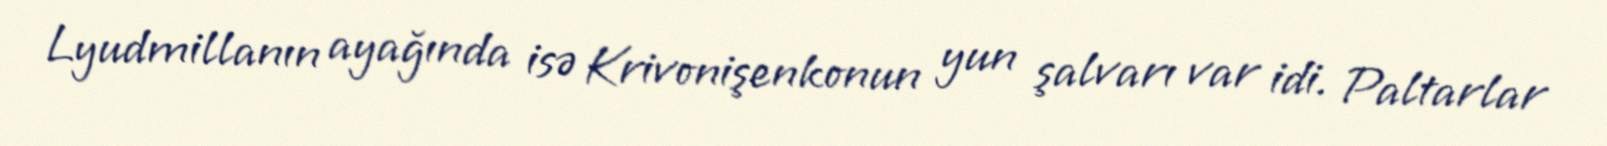
Lyudmillanın ayağında isə Krivonişenkonun yun şalvarı var idi. Paltarlar